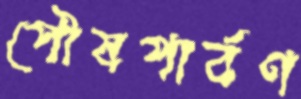
পৌষপার্বণ